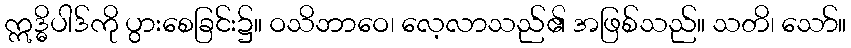
ဣဒ္ဓိပါဒ်ကို ပွားစေခြင်း၌။ ဝသိဘာဝေ၊ လေ့လာသည်၏ အဖြစ်သည်။ သတိ၊ သော်။